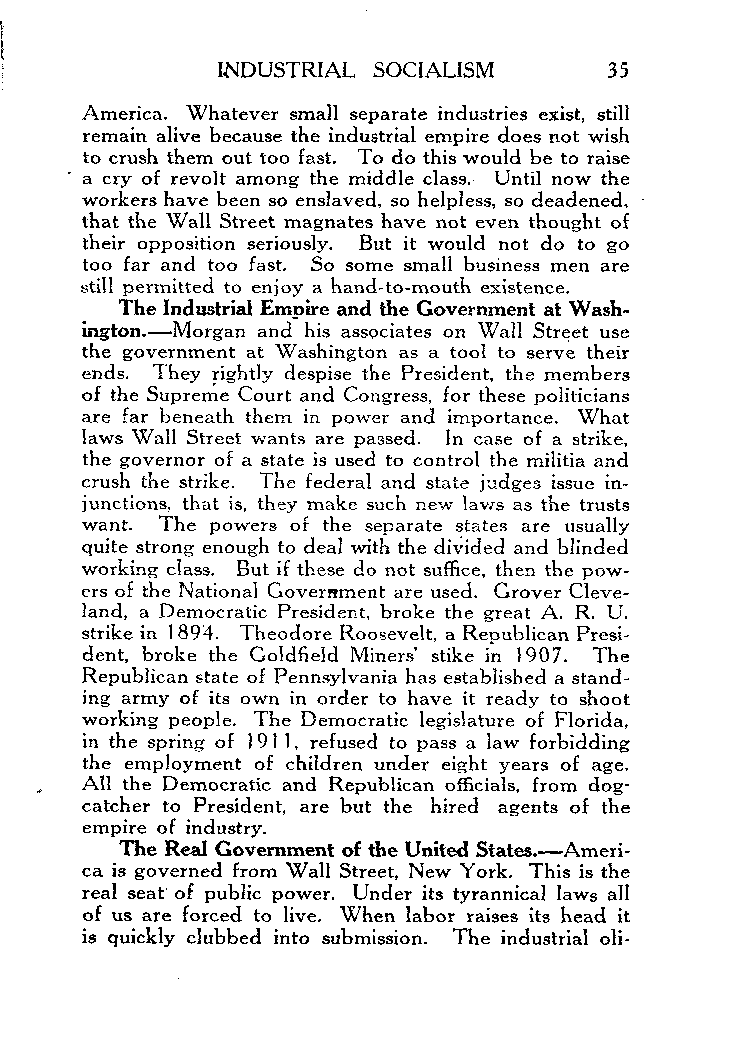
INDUSTRIAL SOCIALISM      35
 America. Whatever small separate industries exist, still
 remain alive because the industrial empire does not wish
 to crush them out too fast. To do this would be to raise
 .
 a cry of revolt among the middle class. Until now the
 workers have been so enslaved, so helpless, so deadened,
 that the Wall Street magnates have not even thought of
 their opposition seriously. But it would not do to go
 too far and too fast. So some small business men are
 still permitted to enjoy a hand-to-mouth existence.
 The Industrial Empire and the Government at Wash-
 ington.-M organ and his associates on Wall Street use
 the government at Washington as a tool to serve their
 ends. They rightly despise the President, the members
 of the Supreme Court and Congress, for these politicians
 are far beneath them in power and importance. What
 laws Wall Street wants are passed. In case of a strike,
 the governor of a state is used to control the militia and
 crush the strike. The federal and state judges issue in-
 junctions. that is, they make such new laws as the trusts
 want. The powers of the separate states are usually
 quite strong enough to deal with the divided and blinded
 working class. But if these do not suffice, then the pow-
 ers of the National Government are used. Grover Cleve-
 land, a Democratic President, broke the great A. R. U.
 strike in 1894. Theodore Roosevelt, a Republican Presi-
 dent, broke the Coldfield Miners’ stike in 1907. The
 Republican state of Pennsylvania has established a stand-
 ing army of its own in order to have it ready to shoot
 working people. The Democratic legislature of Florida,
 in the spring of 191 1, refused to pass a law forbidding
 the employment of children under eight years of age.
 Al1 the Democratic and Republican officials, from dog-
 catcher to President, are but the hired agents of the
 empire of industry.
 The Real Government of the United States.-Ameri-
 ca is governed from Wall Street, New York. This is the
 real seat’ of public power. Under its tyrannical laws al1
 of us are forced to live. When labor raises its head it
 is quickly clubbed into submission. The industrial oli-